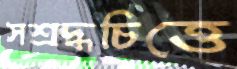
সশ্রদ্ধচিত্তে